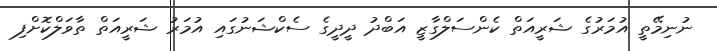
ނުނިމޭތީ އުމަރުގެ ޝަރީއަތް ކެންސަލްގާޒީ އަބްދު ދީދީގެ ސެކްޝަނުގައި އުމަރު ޝަރީއަތް ތާވަލްކޮށްފި